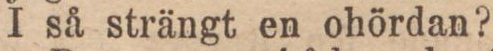
I så strängt en ohördan?“